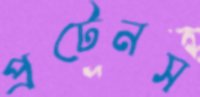
প্রটেনস